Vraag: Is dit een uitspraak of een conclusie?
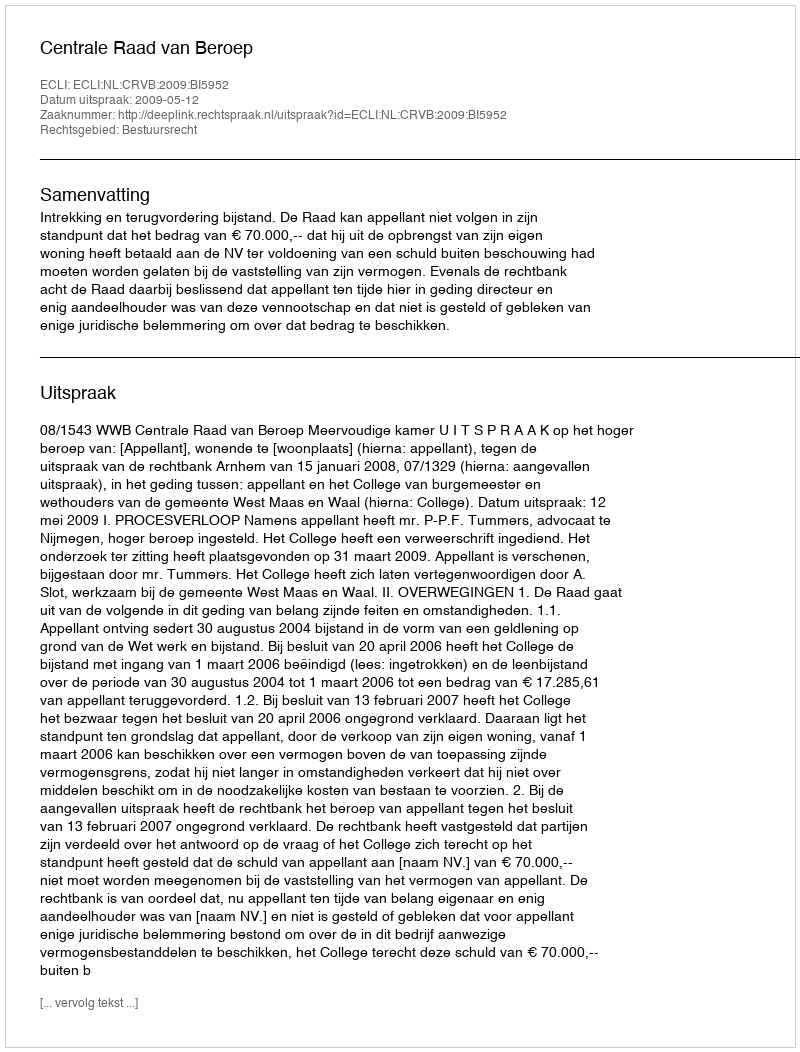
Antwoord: Uitspraak